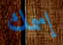
إسمك